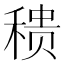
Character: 䅪